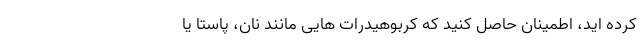
کرده اید، اطمینان حاصل کنید که کربوهیدرات هایی مانند نان، پاستا یا